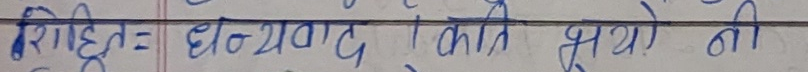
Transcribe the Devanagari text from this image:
रिशिद्ध = धन्यवाद ! कति राम्रो नी